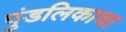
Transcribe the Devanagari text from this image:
पुंडलिकाचा